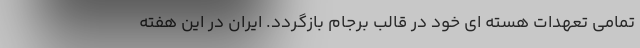
تمامی تعهدات هسته ای خود در قالب برجام بازگردد. ایران در این هفته